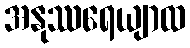
အနုဿရေယျာထ